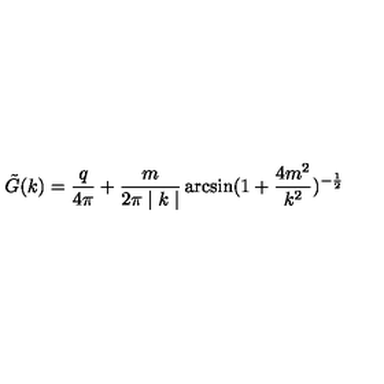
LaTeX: { \tilde { G } } ( k ) = \frac { q } { 4 \pi } + \frac { m } { 2 \pi \mid k \mid } \arcsin ( 1 + \frac { 4 m ^ { 2 } } { k ^ { 2 } } ) ^ { - \frac { 1 } { 2 } }